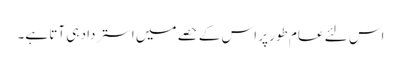
اس لئے عام طور پر اس کے حصے میں استرداد ہی آتا ہے۔